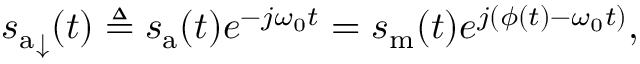
{ s _ { \mathrm { a } } } _ { \downarrow } ( t ) \triangleq s _ { \mathrm { a } } ( t ) e ^ { - j \omega _ { 0 } t } = s _ { \mathrm { m } } ( t ) e ^ { j ( \phi ( t ) - \omega _ { 0 } t ) } ,